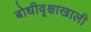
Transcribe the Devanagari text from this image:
बोधीवृक्षाखाली